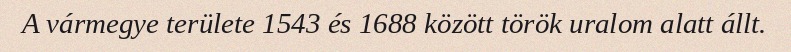
A vármegye területe 1543 és 1688 között török uralom alatt állt.